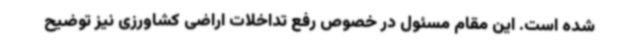
شده است. این مقام مسئول در خصوص رفع تداخلات اراضی کشاورزی نیز توضیح